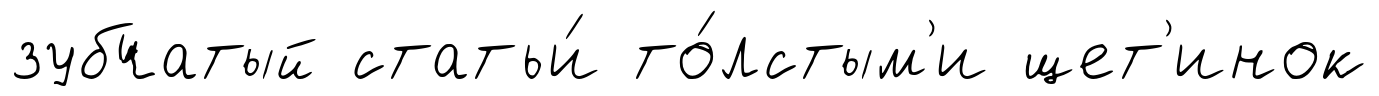
зубчатый статьи́ то́лстым'и щет'инок